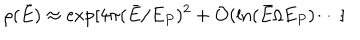
\rho ( \bar { E } ) \approx \exp [ 4 \pi ( \bar { E } / E _ { P } ) ^ { 2 } + { \cal O } ( \ln ( \bar { E } / E _ { P } ) \cdots ]